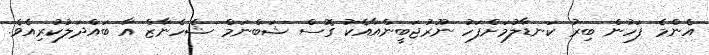
އެންމެ ފަހުން ބިރު ކަނޑާލުމަށްފަހު ނޫރުޖަބީންއާއެކު ގޮސް ޝަބްނަމް ޝެހެނާޒް އާ ބައްދަލުކުރިއެވެ.